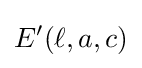
E'(\ell ,a,c)